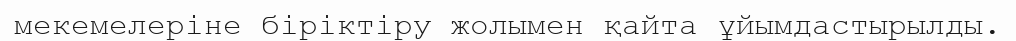
мекемелеріне біріктіру жолымен қайта ұйымдастырылды.